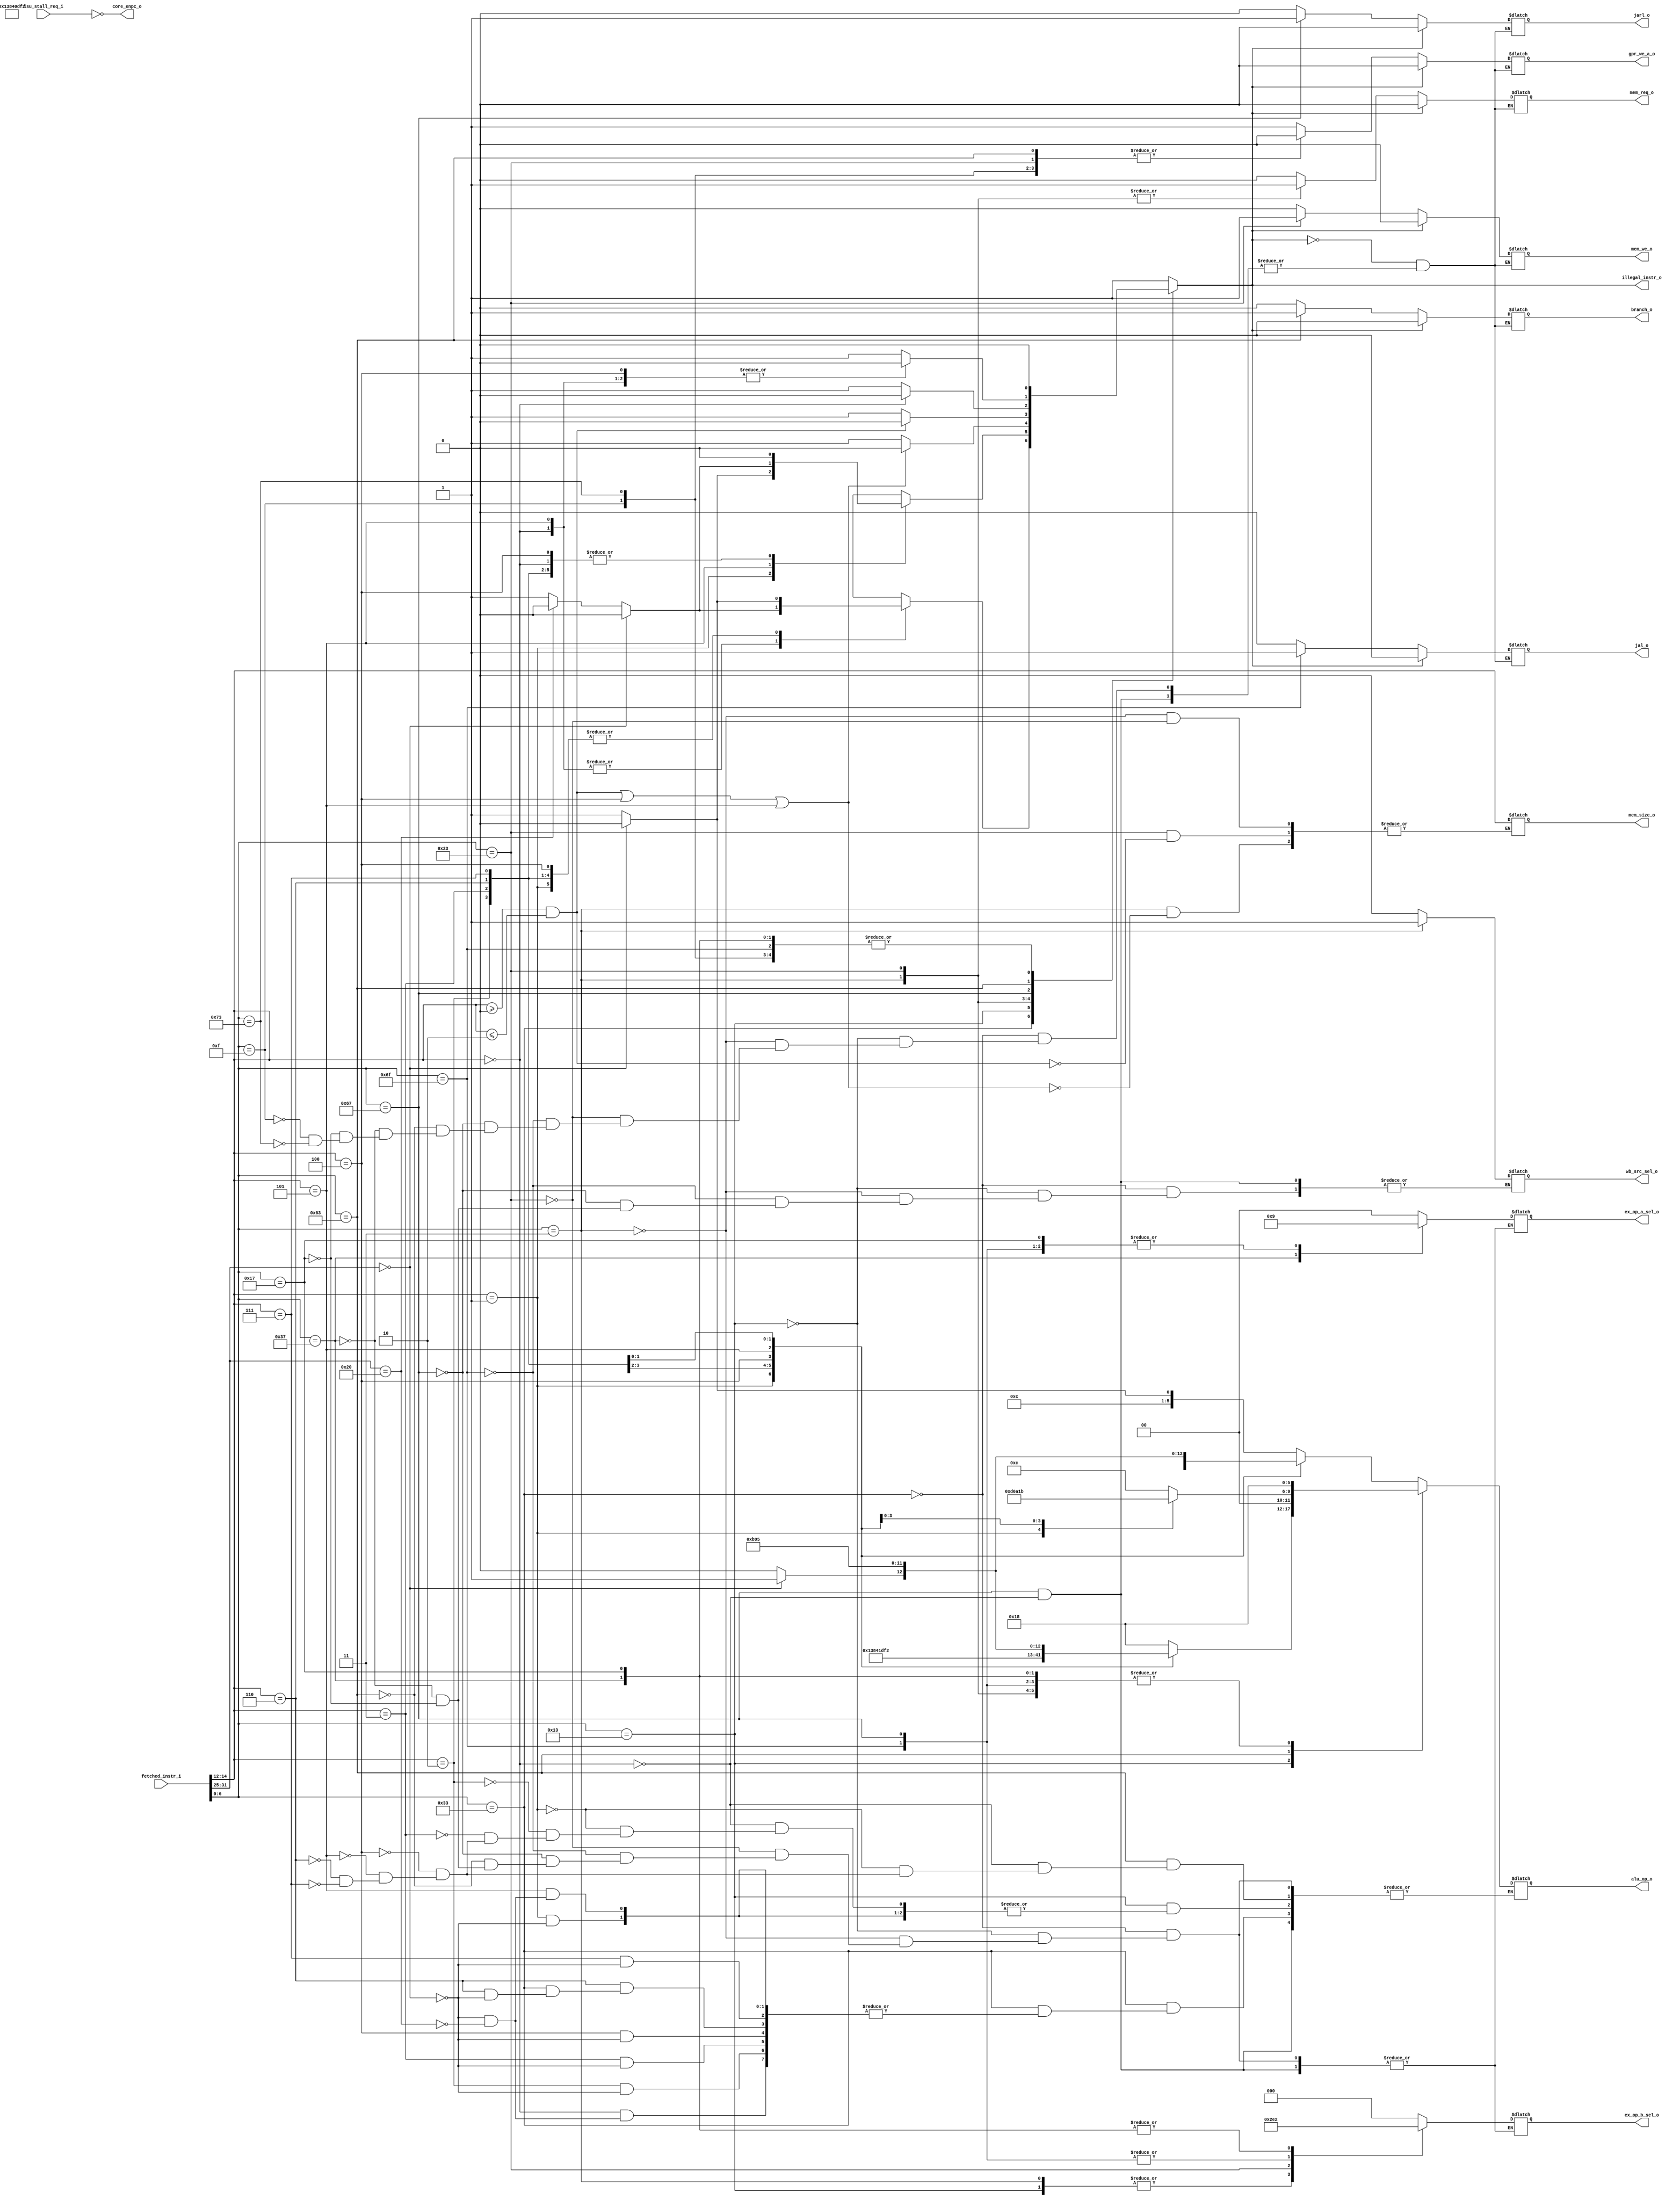
module riscv_decode(
input [31:0] fetched_instr_i, //Instruction
output reg [1:0] ex_op_a_sel_o, // Alu operand a
output reg [2:0] ex_op_b_sel_o, //Alu operand b
output reg [5:0] alu_op_o, //Alu operation
output reg mem_req_o, //I don't give a fuck what is it
output reg mem_we_o, //Data memory WE
output reg [2:0] mem_size_o, //Data memory size selector
output reg gpr_we_a_o, //Register file WE
output reg wb_src_sel_o, //Register file WS
output reg illegal_instr_o, //Error
output reg branch_o, //Branch if condition
output reg jal_o, //Jump and link with immediate
output reg jarl_o, //Jump and link with register data

input lsu_stall_req_i,
output core_enpc_o
);

assign core_enpc_o = ~lsu_stall_req_i;

wire [6:0] opcode = fetched_instr_i[6:0];
wire [2:0] funct3 = fetched_instr_i[14:12];
wire [6:0] funct7 = fetched_instr_i[31:25];

assign ImmJ = { {11{fetched_instr_i[31]}} , fetched_instr_i[31], fetched_instr_i[19:12],
 fetched_instr_i[20], fetched_instr_i[30:21], 1'b0};
 
assign ImmI = { {20{fetched_instr_i[31]}} , {fetched_instr_i[31:20]}};

//=======opcodes
localparam RegReg = 7'b0110011;
localparam RegImm = 7'b0010011;
localparam Load = 7'b0000011;
localparam Store = 7'b0100011;
localparam Jal = 7'b1101111;
localparam Jalr = 7'b1100111;
localparam Branch = 7'b1100011;
localparam Lui = 7'b0110111;
localparam Auipc = 7'b0010111;
localparam MiscMem = 7'b0001111; 
localparam System = 7'b1110011;
//========logic
always @(*)
begin

case(opcode)
	RegReg: begin
				ex_op_a_sel_o <= 2'b00;
				ex_op_b_sel_o <= 3'b000;
				gpr_we_a_o <= 1;
				wb_src_sel_o <= 0;
				mem_we_o <= 0;
				jal_o <= 0;
				jarl_o <= 0;
				branch_o <= 0;
				mem_req_o <= 0;

				case(funct3) // Selection of operation
					3'h0: begin 
							if(funct7 == 7'h00) begin
									alu_op_o <= 6'b011000;
									illegal_instr_o <= 0;
							end
							else if(funct7 == 7'h20) begin
									alu_op_o <= 6'b011001;
									illegal_instr_o <= 0;
							end
							else begin
								illegal_instr_o <= 1;
							end
							end
					3'h1: begin
							if(funct7 == 7'h00) begin
								alu_op_o <= 6'b100111;
								illegal_instr_o <= 0;
							end
							else begin
								illegal_instr_o <= 1;
							end
							end
					3'h2: begin
							if(funct7 == 7'h00) begin
								alu_op_o <= 6'b000010;
								illegal_instr_o <= 0;
							end
							else begin
								illegal_instr_o <= 1;
							end
							end
					3'h3: begin
							if(funct7 == 7'h00) begin
								alu_op_o <= 6'b000001;
								illegal_instr_o <= 0;
							end
							else begin
								illegal_instr_o <= 1;
							end
							end
					3'h4: begin
							if(funct7 == 7'h00) begin
								alu_op_o <= 6'b101111;
								illegal_instr_o <= 0;
							end
							else begin
								illegal_instr_o <= 1;
							end
							end
					3'h5: begin 
							if(funct7 == 7'h00) begin
									alu_op_o <= 6'b100101;
									illegal_instr_o <= 0;
							end
							else if(funct7 == 7'h20) begin
									alu_op_o <= 6'b100100;
									illegal_instr_o <= 0;
							end
							else begin
								illegal_instr_o <= 1;
							end
							end
					3'h6: begin
							if(funct7 == 7'h00) begin
								alu_op_o = 6'b101110;
								illegal_instr_o <= 0;
							end
							else begin
								illegal_instr_o <= 1;
							end
							end
					3'h7: begin
							if(funct7 == 7'h00) begin
								alu_op_o <= 6'b010101;
								illegal_instr_o <= 0;
							end
							else begin
								illegal_instr_o <= 1;
							end
							end
					default: begin 
								illegal_instr_o <= 1;
								end
				endcase
				end
	RegImm: begin
				ex_op_a_sel_o <= 2'b00;
				ex_op_b_sel_o <= 3'b01;
				gpr_we_a_o <= 1;
				wb_src_sel_o <= 0;
				mem_we_o <= 0;
				jal_o <= 0;
				jarl_o <= 0;
				branch_o <= 0;
				mem_req_o <= 0;
				
				case(funct3) // Selection of operation
					3'h0: begin 
									alu_op_o <= 6'b011000;
									illegal_instr_o <= 0;
							end
					3'h1: begin
							if(funct7 == 7'h00) begin
								alu_op_o <= 6'b100111;
								illegal_instr_o <= 0;
							end
							else begin
								illegal_instr_o <= 1;
							end
							end
					3'h2: begin
								alu_op_o <= 6'b000010;
								illegal_instr_o <= 0;
							end
					3'h3: begin
								alu_op_o <= 6'b000011;
								illegal_instr_o <= 0;
							end
					3'h4: begin
								alu_op_o <= 6'b101111;
								illegal_instr_o <= 0;
							end
					3'h5: begin 
							if(funct7 == 7'h00) begin
									alu_op_o <= 6'b100101;
									illegal_instr_o <= 0;
							end
							else if(funct7 == 7'h20) begin
									alu_op_o <= 6'b100100;
									illegal_instr_o <= 0;
							end
							else begin
								illegal_instr_o <= 1;
							end
							end
					3'h6: begin
								alu_op_o <= 6'b101110;
								illegal_instr_o <= 0;
							end
					3'h7: begin
								alu_op_o <= 6'b010101;
								illegal_instr_o <= 0;
							end
					default: begin 
								illegal_instr_o <= 1;
								end
				endcase
				end
	Load: begin
			mem_req_o <= 1;
			ex_op_a_sel_o <= 2'b00;
			ex_op_b_sel_o <= 3'b001;
			alu_op_o <= 6'b011000;
			gpr_we_a_o <= 1;
			wb_src_sel_o <= 1;
			mem_we_o <= 0;
			jal_o <= 0;
			jarl_o <= 0;
			branch_o <= 0;
			
			if((funct3 >= 3'h0 & funct3 <= 3'h2) || funct3 == 3'h4 || funct3 == 3'h5) begin
				mem_size_o <= funct3;
				illegal_instr_o <= 0;
			end
			else begin
				illegal_instr_o <= 1;
			end
			end
	Store: begin
			mem_req_o <= 1;
			ex_op_a_sel_o <= 2'b00;
			ex_op_b_sel_o <= 3'b011;
			alu_op_o <= 6'b011000;
			gpr_we_a_o <= 0;
			mem_we_o <= 1;
			jal_o <= 0;
			jarl_o <= 0;
			branch_o <= 0;
			
			if(funct3 >= 3'h0 & funct3 <= 3'h2) begin
				mem_size_o <= funct3;
				illegal_instr_o <= 0;
			end
			else begin
				illegal_instr_o <= 1;
			end
			end
	Jal: begin
				if(ImmJ < 64 || ImmJ > -64) begin
				ex_op_a_sel_o <= 2'b01;
				ex_op_b_sel_o <= 3'b100;
				alu_op_o <= 6'b011000;
				wb_src_sel_o <= 0;
				gpr_we_a_o <= 1;
				mem_we_o <= 0;
				jal_o <= 1;
				jarl_o <= 0;
				branch_o <= 0;
				illegal_instr_o <= 0;
				mem_req_o <= 0;
			end
			else begin
				illegal_instr_o <= 1;
			end
			end
	Jalr: begin
			if(funct3 == 3'h0) begin
				ex_op_a_sel_o <= 2'b01;
				ex_op_b_sel_o <= 3'b100;
				alu_op_o <= 6'b011000;
				wb_src_sel_o <= 0;
				gpr_we_a_o <= 1;
				mem_we_o <= 0;
				branch_o <= 0;
				jal_o <= 0;
				jarl_o <= 1;
				illegal_instr_o <= 0;
				mem_req_o <= 0;
			end
			else begin
				illegal_instr_o <= 1;
			end
			end
	Branch: begin
			ex_op_a_sel_o <= 2'b00;
			ex_op_b_sel_o <= 3'b000;
			gpr_we_a_o <= 0;
			mem_we_o <= 0;
			branch_o <= 1;
			jal_o <= 0;
			jarl_o <= 0;
			mem_req_o <= 0;
			case(funct3)
				3'h0: begin alu_op_o <= 6'b001100; illegal_instr_o <= 0; end
				3'h1: begin alu_op_o <= 6'b001101; illegal_instr_o <= 0; end
				3'h4: begin alu_op_o <= 6'b000000; illegal_instr_o <= 0; end
				3'h5: begin alu_op_o <= 6'b001010; illegal_instr_o <= 0; end
				3'h6: begin alu_op_o <= 6'b000001; illegal_instr_o <= 0; end
				3'h7: begin alu_op_o <= 6'b001011; illegal_instr_o <= 0; end
				default: begin 
							illegal_instr_o <= 1;
							end
			endcase
			end
	Lui: begin
			ex_op_a_sel_o <= 2'b10;
			ex_op_b_sel_o <= 3'b010;
			gpr_we_a_o <= 1;
			wb_src_sel_o <= 0;
			alu_op_o <= 6'b011000;
			mem_we_o <= 0;
			jal_o <= 0;
			jarl_o <= 0;
			branch_o <= 0;
			illegal_instr_o <= 0;
			mem_req_o <= 0;
			end
	Auipc: begin
			ex_op_a_sel_o <= 2'b01;
			ex_op_b_sel_o <= 3'b010;
			alu_op_o <= 6'b011000;
			wb_src_sel_o <= 0;
			gpr_we_a_o <= 1;
			mem_we_o <= 0;
			jal_o <= 0;
			jarl_o <= 0;
			branch_o <= 0;
			illegal_instr_o <= 0;
			mem_req_o <= 0;
			end
	MiscMem: begin
				mem_req_o <= 0;
				mem_we_o <= 0;
				gpr_we_a_o <= 0;
				branch_o <= 0;
				jal_o <= 0;
				jarl_o <= 0;
				illegal_instr_o <= 0;
				mem_req_o <= 0;
				end
	System: begin
				mem_req_o <= 0;
				mem_we_o <= 0;
				gpr_we_a_o <= 0;
				branch_o <= 0;
				jal_o <= 0;
				jarl_o <= 0;
				illegal_instr_o <= 0;
				mem_req_o <= 0;
				end
	default: begin 
			illegal_instr_o <= 1;
			end	
endcase

if(illegal_instr_o) begin
	mem_req_o <= 0;
	mem_we_o <= 0;
	gpr_we_a_o <= 0;
	branch_o <= 0;
	jal_o <= 0;
	jarl_o <= 0;
end


end

endmodule